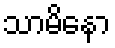
သာမိနော